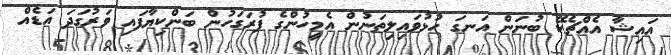
އައިޝާ އެއްޗެކޭ ބުނަން އަނގަ ހުޅުވައިލިތަނުން އެމީހުންގެ ފުރަގަހުން ބަންކިޔާފައި ވަރުގަދަ އަޑެއް